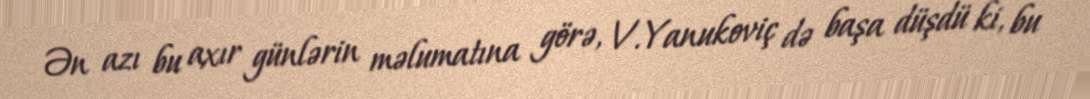
Ən azı bu axır günlərin məlumatına görə, V.Yanukoviç də başa düşdü ki, bu